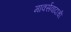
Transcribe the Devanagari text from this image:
मार्क्सवादाची